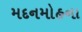
મદનમોહના